Indian Medical Review
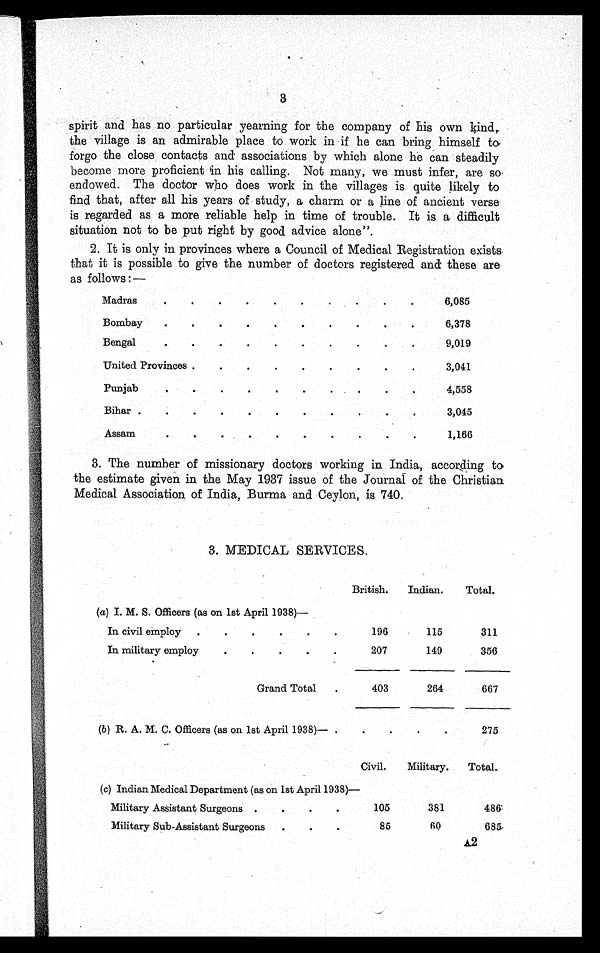
3
spirit and has no particular yearning for the company of his own kind,
the village is an admirable place to work in if he can bring himself to
forgo the close contacts and associations by which alone he can steadily
become more proficient in his calling. Not many, we must infer, are so
endowed. The doctor who does work in the villages is quite likely to
find that, after all his years of study, a charm or a line of ancient verse
is regarded as a more reliable help in time of trouble. It is a difficult
situation not to be put right by good advice alone".
2 . I t i s o n l y i n p r o v i n c e s w h e r e a C o u n c i l o f M e d i c a l R e g i s t r a t i o n e x i s t s
that it is possible to give the number of doctors registered and these are
as follows:—
Madras . . .
6,085
Bombay . . .
6,378
Bengal . . .
9 , 0 1 9
United Provinces . . .
3,041
Punjab . . .
4,558
Bihar . . .
3,045
Assam . . .
1,166
3 . T h e n u m b e r o f m i s s i o n a r y d o c t o r s w o r k i n g i n I n d i a , a c c o r d i n g t o
the estimate given in the May 1937 issue of the Journal of the Christian
Medical Association of India, Burma and Ceylon, is 740.
3. MEDICAL SERVICES.
British.
Indian.
Total.
(a) I. M. S. Officers (as on 1st April 1938)—
In civil employ . . .
196
115
311
In military employ . . .
207
149
356
Grand Total . . .
403
264
667
(b ) R. A. M. C. Officers (as on 1st April 1938)—
. . .
. . .
275
Civil.
Military.
Total.
( c ) Indian Medical Department (as on 1st April 1938)—
Military Assistant Surgeons . . .
105
381
486
Military Sub-Assistant Surgeons . . .
85
6 0
685
A 2